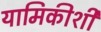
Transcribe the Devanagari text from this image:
यामिकीशी